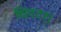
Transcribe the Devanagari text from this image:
थिएटर।